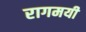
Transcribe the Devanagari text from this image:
रागमयी